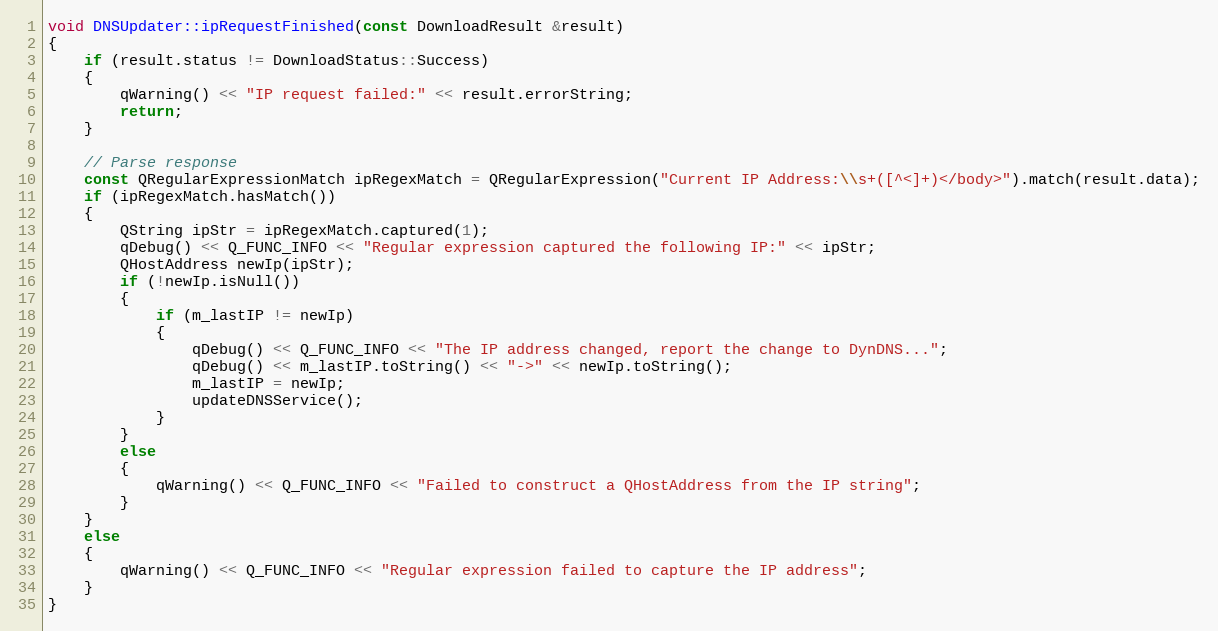
Language: C++
void DNSUpdater::ipRequestFinished(const DownloadResult &result)
{
    if (result.status != DownloadStatus::Success)
    {
        qWarning() << "IP request failed:" << result.errorString;
        return;
    }

    // Parse response
    const QRegularExpressionMatch ipRegexMatch = QRegularExpression("Current IP Address:\\s+([^<]+)</body>").match(result.data);
    if (ipRegexMatch.hasMatch())
    {
        QString ipStr = ipRegexMatch.captured(1);
        qDebug() << Q_FUNC_INFO << "Regular expression captured the following IP:" << ipStr;
        QHostAddress newIp(ipStr);
        if (!newIp.isNull())
        {
            if (m_lastIP != newIp)
            {
                qDebug() << Q_FUNC_INFO << "The IP address changed, report the change to DynDNS...";
                qDebug() << m_lastIP.toString() << "->" << newIp.toString();
                m_lastIP = newIp;
                updateDNSService();
            }
        }
        else
        {
            qWarning() << Q_FUNC_INFO << "Failed to construct a QHostAddress from the IP string";
        }
    }
    else
    {
        qWarning() << Q_FUNC_INFO << "Regular expression failed to capture the IP address";
    }
}